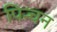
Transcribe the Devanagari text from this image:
पिन्चन